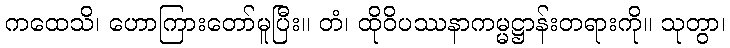
ကထေသိ၊ ဟောကြားတော်မူပြီး။ တံ၊ ထိုဝိပဿနာကမ္မဋ္ဌာန်းတရားကို။ သုတွာ၊